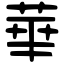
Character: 華